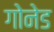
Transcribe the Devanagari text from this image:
गोनेड